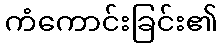
ကံကောင်းခြင်း၏